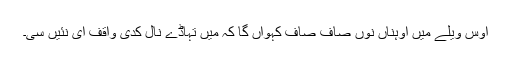
اُوس ویلے میں اُوہناں نوں صاف صاف کہواں گا کہ میں تہاڈے نال کدی واقف ای نئیں سی۔